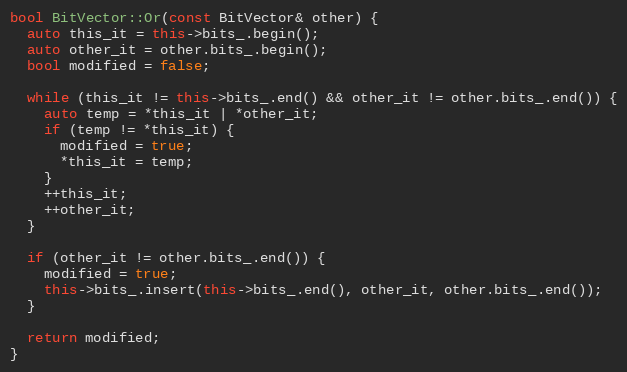
Language: C++
bool BitVector::Or(const BitVector& other) {
  auto this_it = this->bits_.begin();
  auto other_it = other.bits_.begin();
  bool modified = false;

  while (this_it != this->bits_.end() && other_it != other.bits_.end()) {
    auto temp = *this_it | *other_it;
    if (temp != *this_it) {
      modified = true;
      *this_it = temp;
    }
    ++this_it;
    ++other_it;
  }

  if (other_it != other.bits_.end()) {
    modified = true;
    this->bits_.insert(this->bits_.end(), other_it, other.bits_.end());
  }

  return modified;
}